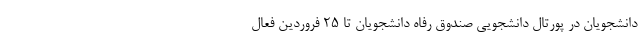
دانشجویان در پورتال دانشجویی صندوق رفاه دانشجویان تا ۲۵ فروردین فعال